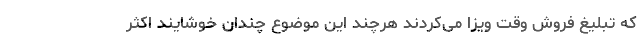
که تبلیغ فروش وقت ویزا می‌کردند هرچند این موضوع چندان خوشایند اکثر